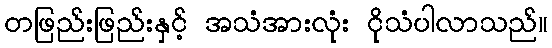
တဖြည်းဖြည်းနှင့် အသံအားလုံး ငိုသံပါလာသည်။